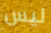
ليس